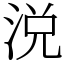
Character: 涚